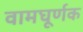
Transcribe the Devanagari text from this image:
वामघूर्णक